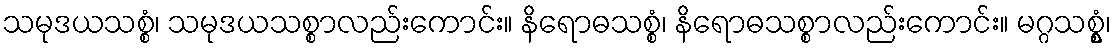
သမုဒယသစ္စံ၊ သမုဒယသစ္စာလည်းကောင်း။ နိရောဓသစ္စံ၊ နိရောဓသစ္စာလည်းကောင်း။ မဂ္ဂသစ္စွံ၊